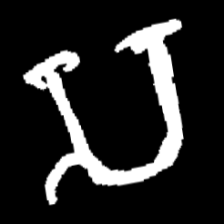
Pyu character \u2014 Myanmar letter: သ (romanized: sa)